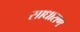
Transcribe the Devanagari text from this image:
साधाराण